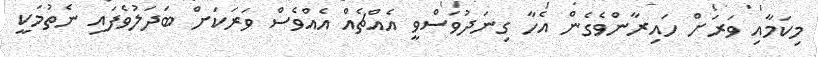
މިކަމާއި ވަރަށް ހައިރާންވެގެން އެހާ ގިނަދުވަސްވީ އެއްޗެއް އެއްވެސް ވަރަކަށް ބަދަލުވެފައި ނެތުމަކީ